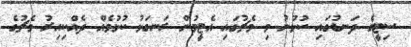
ސިޓީގެ ދަނޑުގައި ކުޅުނު މި މެޗުގައި އެޓީމުން ރަނގަޅު ކުޅުމެއް ދެއްކިއިރު މެޗުގެ